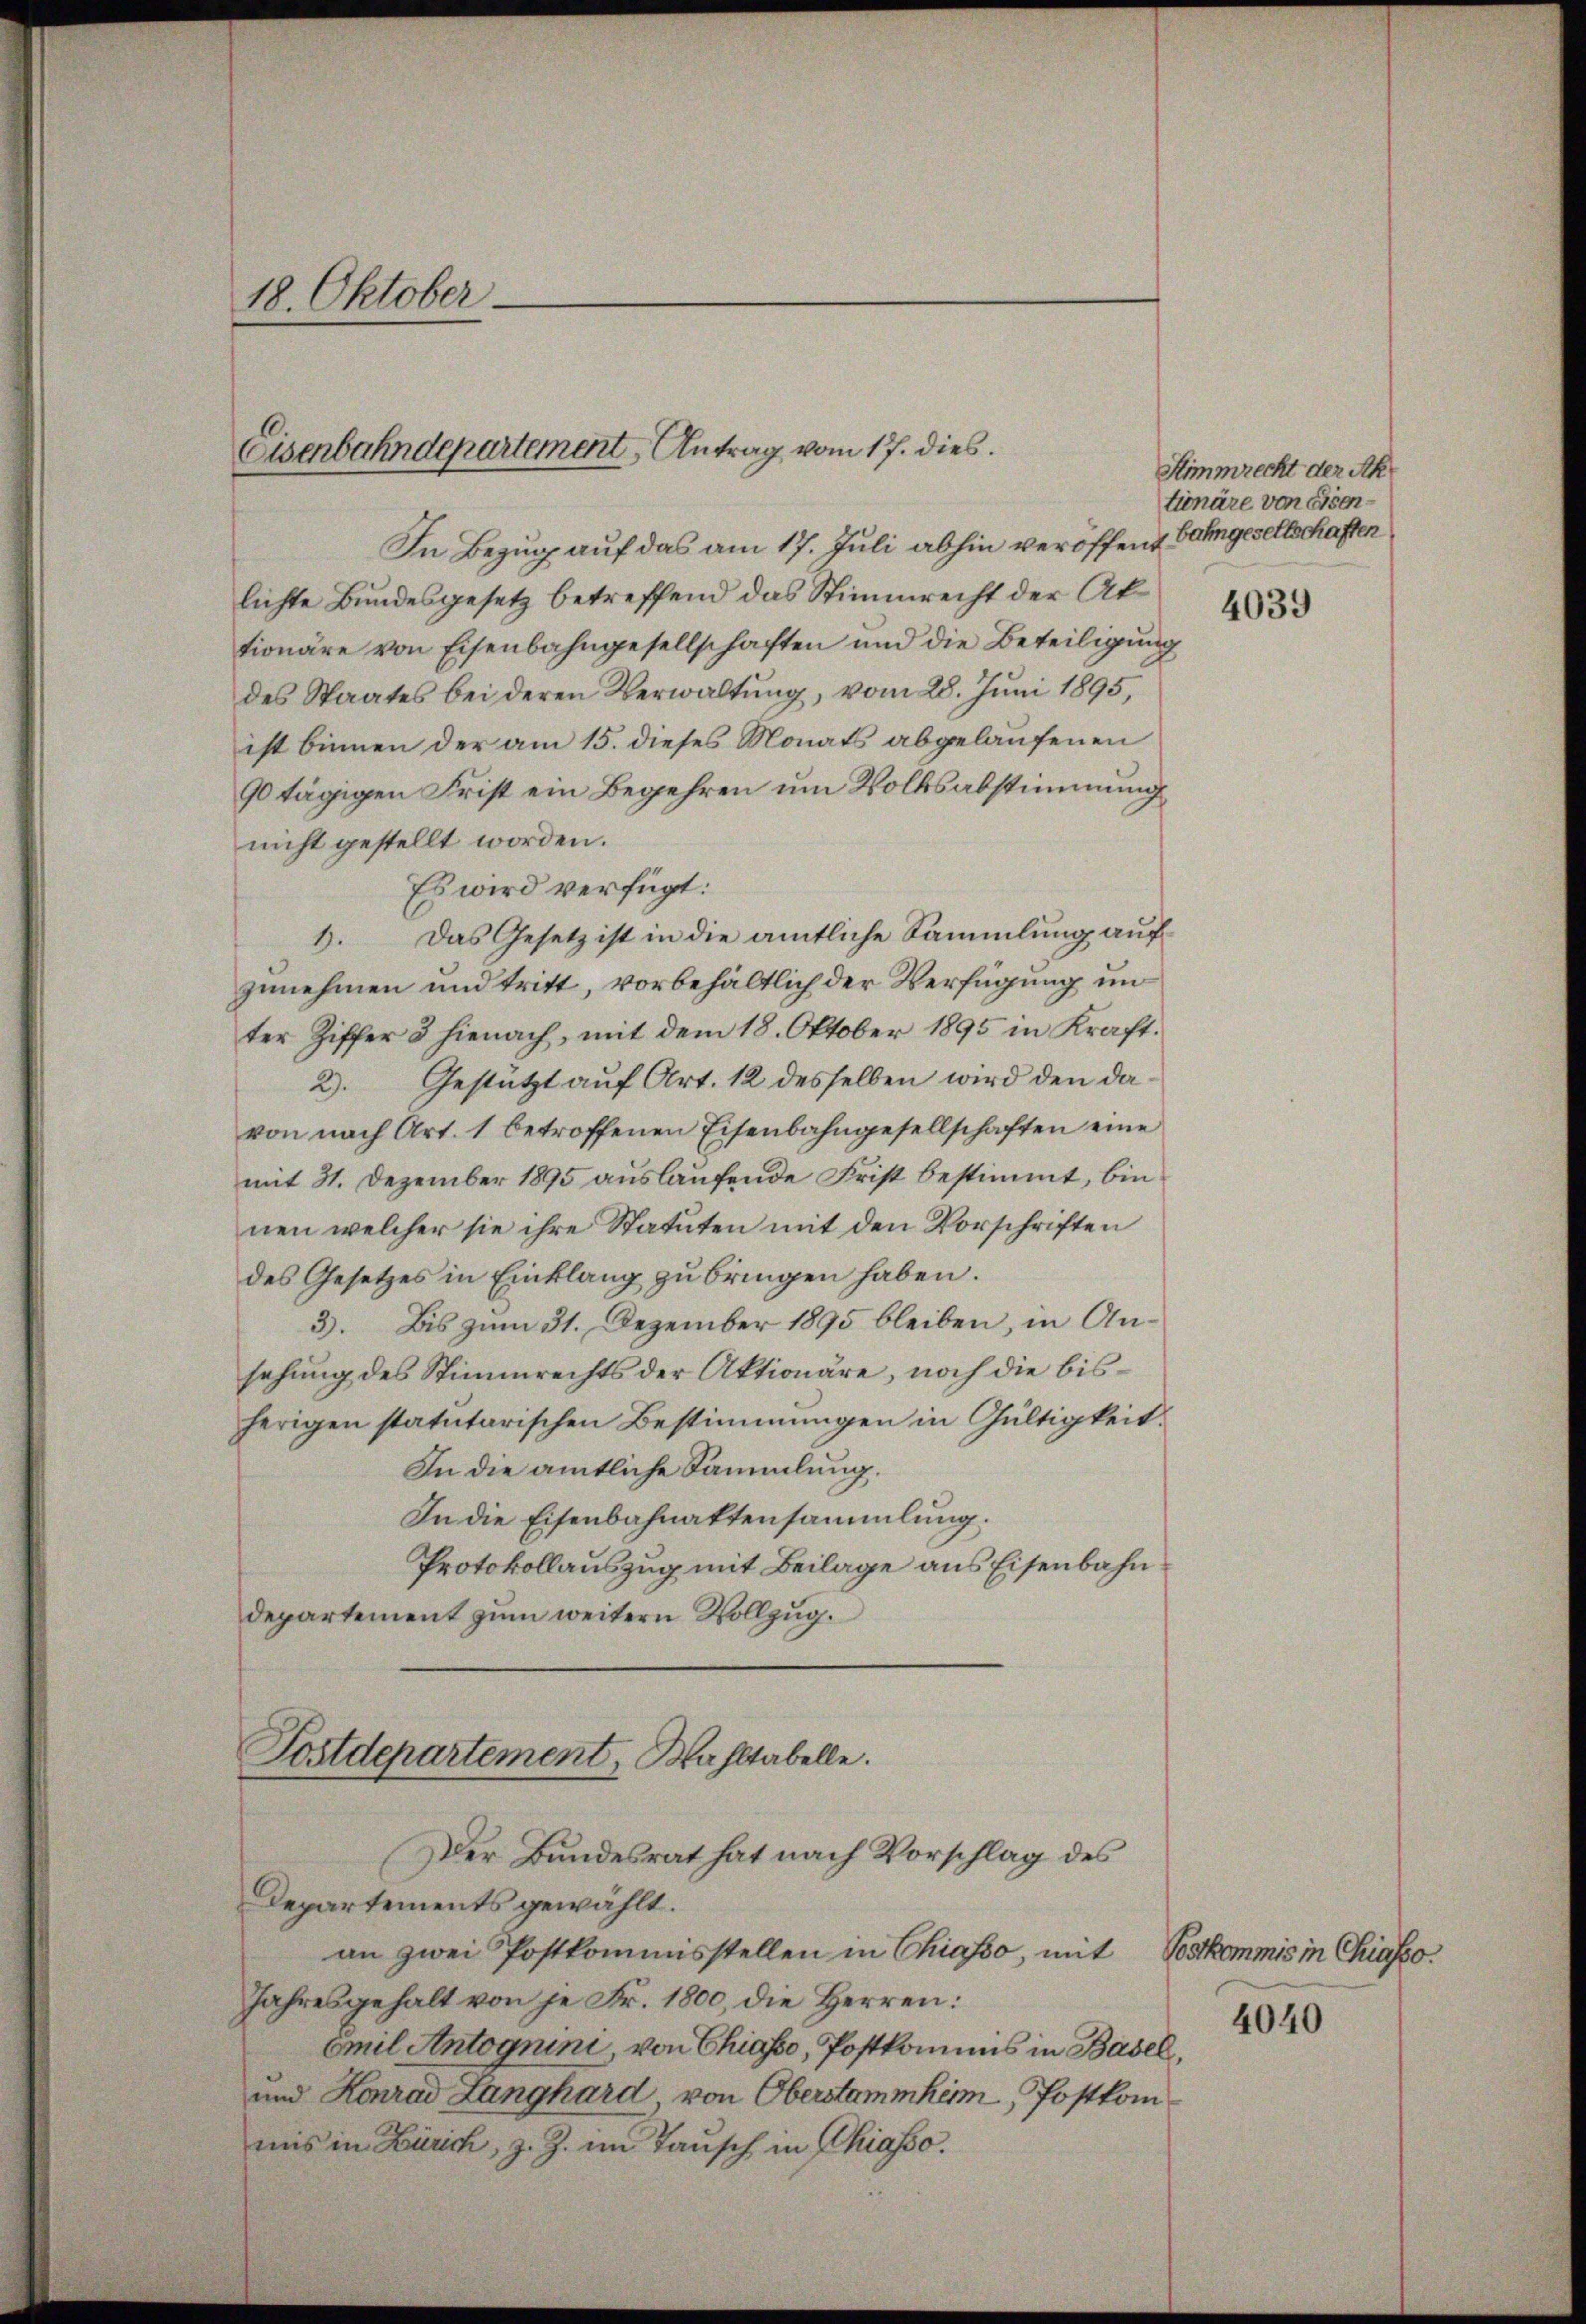
18. Oktober

Eisenbahndepartement Antrag vom 17. dies

In Bezug auf das am 17. Juli abhin veröffend
lichte Bŭndesgesetz betreffend das Stimmrecht der Al. 1833
tionäre von Eisenbahngesellschaften und die Beteiligŭng
des Staates bei deren Verwaltung, vom 28. Juni 1895,
ist binnen der am 15. dieses Monats abgelaufenen
90 tägigen Frist ein Begehren um Volksabstimmung
nicht gestellt worden.
Es wird verfügt:
8. Das Gesetz ist in die amtliche Sammlung auf
zunehmen und tritt, vorbehältlich der Verfügung un
ter Ziffer 3 hienach, mit dem 18. Oktober 1895 in Kraft¬
2). Gestützt auf Art. 12 desselben wird den davon nach Art. 1 betroffenen Eisenbahngesellschaften eine
mit 31. Dezember 1895 auslaufende Frist bestimmt, bin
nen welcher sie ihre Statuten mit den Vorschriften
des Gesetzes in Einklang zu bringen haben.
3. Bis zum 31. Dezember 1895 bleiben, in Ansehung des Stimmrechts der Aktionäre, noch die bisherigen statutarischen Bestimmungen in Gültigkeit.
In die amtliche Sammlung.
In die Eisenbahnaktensammlung:
Protokollauszug mit Beilage aus Eisenbahn
departement zum weitern Vollzug.
Postdepartement, Wahltabelle.
Der Bundesrat hat nach Vorschlag des
Departements gewählt.
an zwei Postkommisstellen in Chiasso, mit
Jahresgehalt von je Fr. 1800, die Herren:
Emil Antognini, von Chiasso, Postkommis in Basel,
und Konrad Langhard, von Oberstammheim, Postkommis in Zürich, z. Z. im Tausch in Chiasso.

Stimmrecht der Ak
tionäre von Eisenbahngesellschaften

Postkommis in Chiasso.

4040